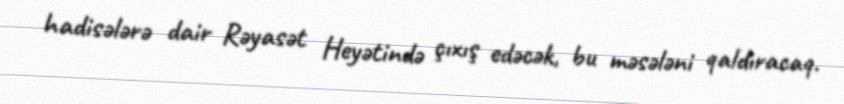
hadisələrə dair Rəyasət Heyətində çıxış edəcək, bu məsələni qaldıracaq.